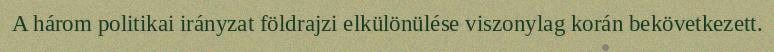
A három politikai irányzat földrajzi elkülönülése viszonylag korán bekövetkezett.